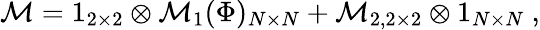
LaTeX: \mathcal{M}=1_{2\times 2}\otimes\mathcal{M}_{1}(\Phi)_{N\times N}+\mathcal{M}_{2,2\times 2}\otimes 1_{N\times N}\ ,